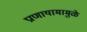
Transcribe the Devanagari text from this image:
प्राणायामामुळे